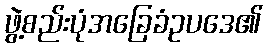
ဖွဲ့စည်းပုံအခြေခံဥပဒေ၏